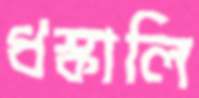
ধস্‌কালি